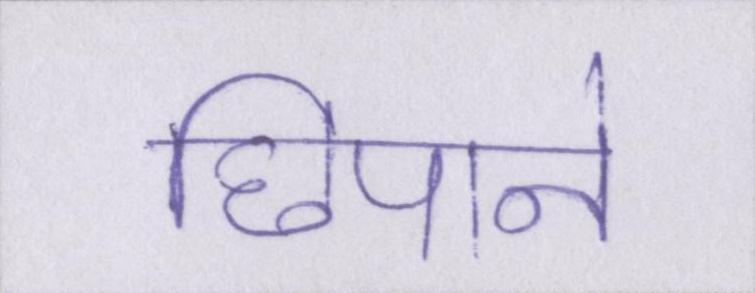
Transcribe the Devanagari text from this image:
छिपाने